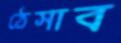
ঠেসাব